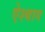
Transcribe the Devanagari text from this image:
ऐश्बाग